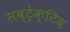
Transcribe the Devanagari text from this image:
सब्ट्रेक्टिव